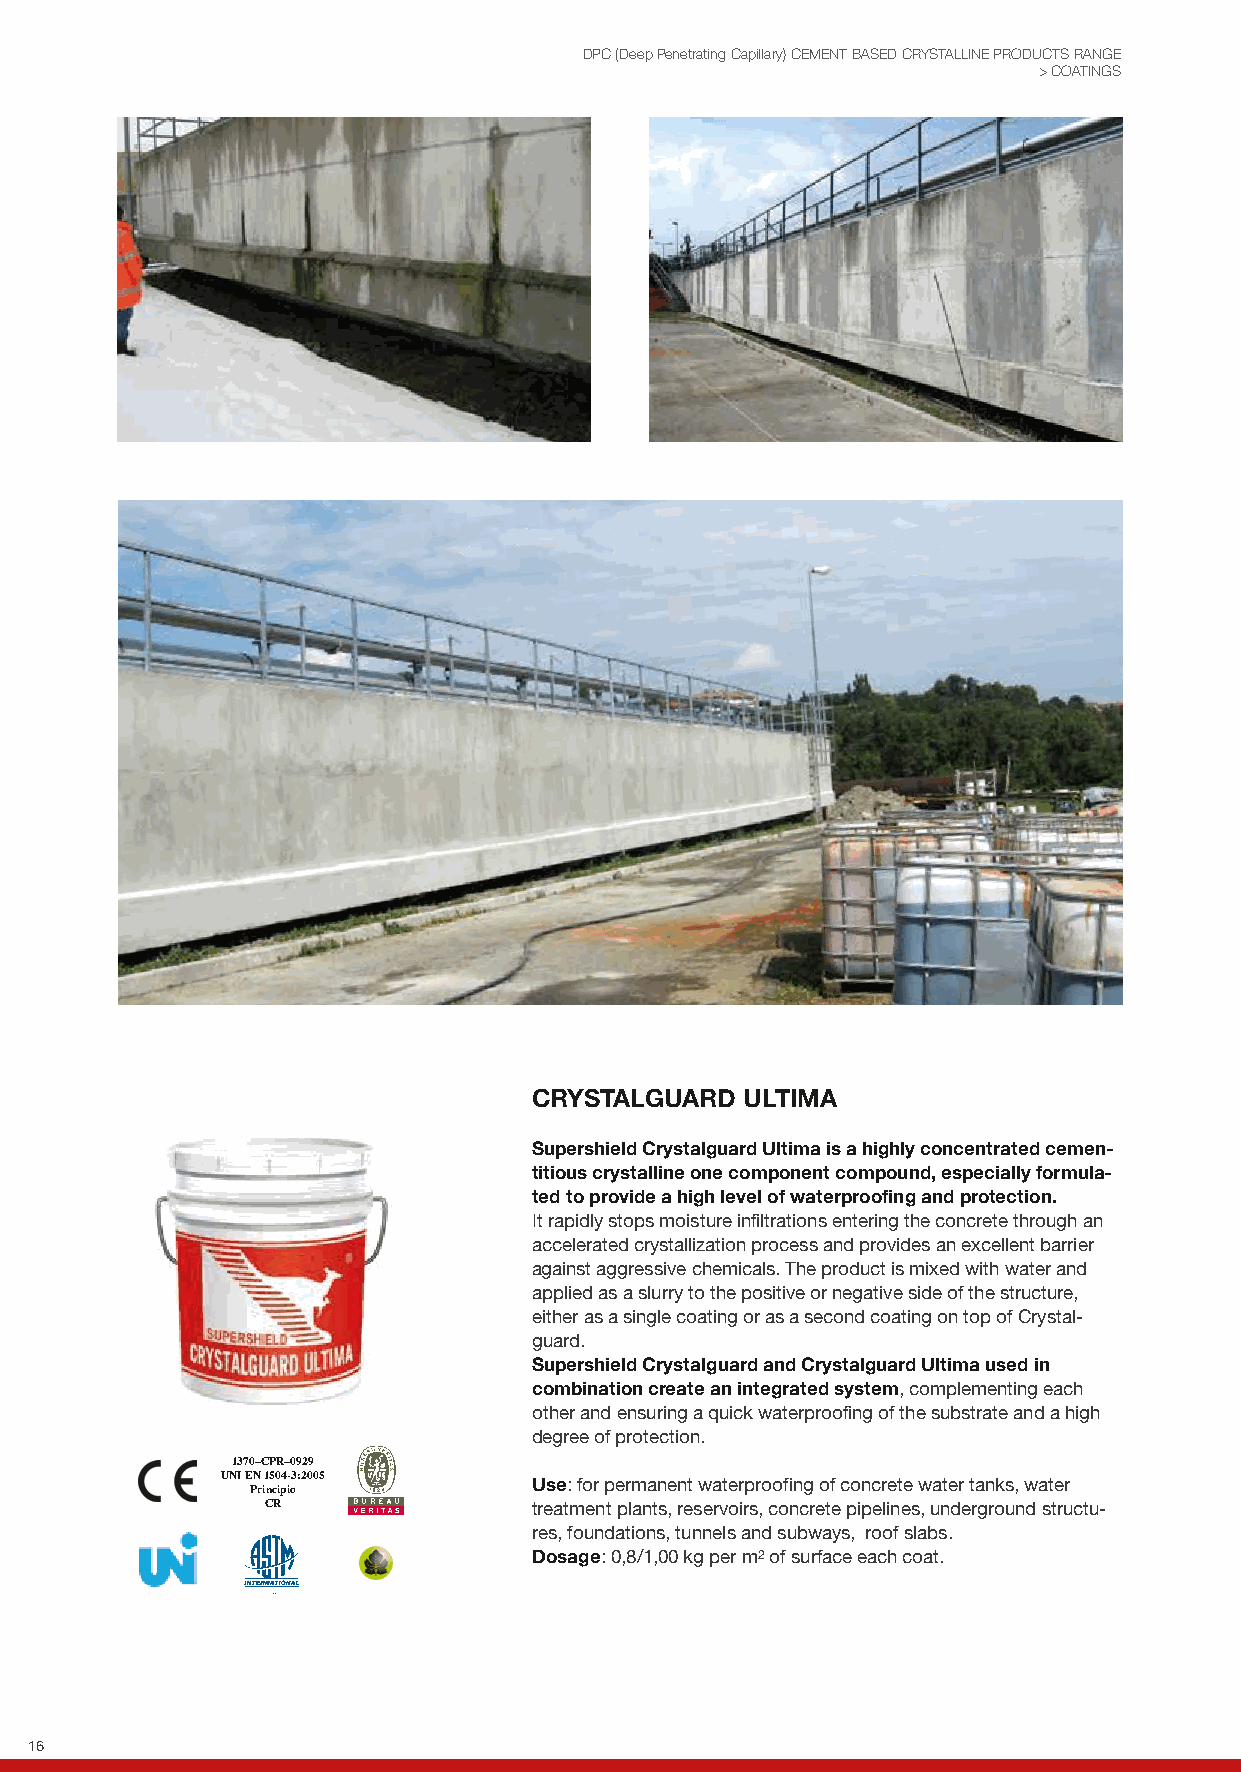
DPC (Deep Penetrating Capillary) CEMENT BASED CRYSTALLINE PRODUCTS RANGE
 > COATINGS
 CRYSTALGUARD  ULTIMA
 Supershield Crystalguard Ultima is a highly concentrated cemen-
 titious crystalline one component compound, especially formula-
 ted to provide a high level of waterproofing and protection.
 It rapidly stops moisture infiltrations entering the concrete through an
 accelerated crystallization process and provides an excellent barrier
 against aggressive chemicals. T he product is mixed with water and
 applied as a slurry to the positive or negative side of the structure,
 either as a single coating or as a second coating on top of Crystal-
 guard.
 Supershield Crystalguard and Crystalguard Ultima used in
 combination create an integrated system, complementing each
 other and ensuring a quick waterproofing of the substrate and a high
 degree of protection.
 1370–CPR–0929
 UNI EN 1504-3:2005
 Principio         Use: for permanent waterproofing of concrete water tanks, water
 CR               treatment plants, reservoirs, concrete pipelines, underground structu-
 res, foundations, tunnels and subways, roof slabs.
 Dosage: 0,8/1,00 kg per m2 of surface each coat.
 16